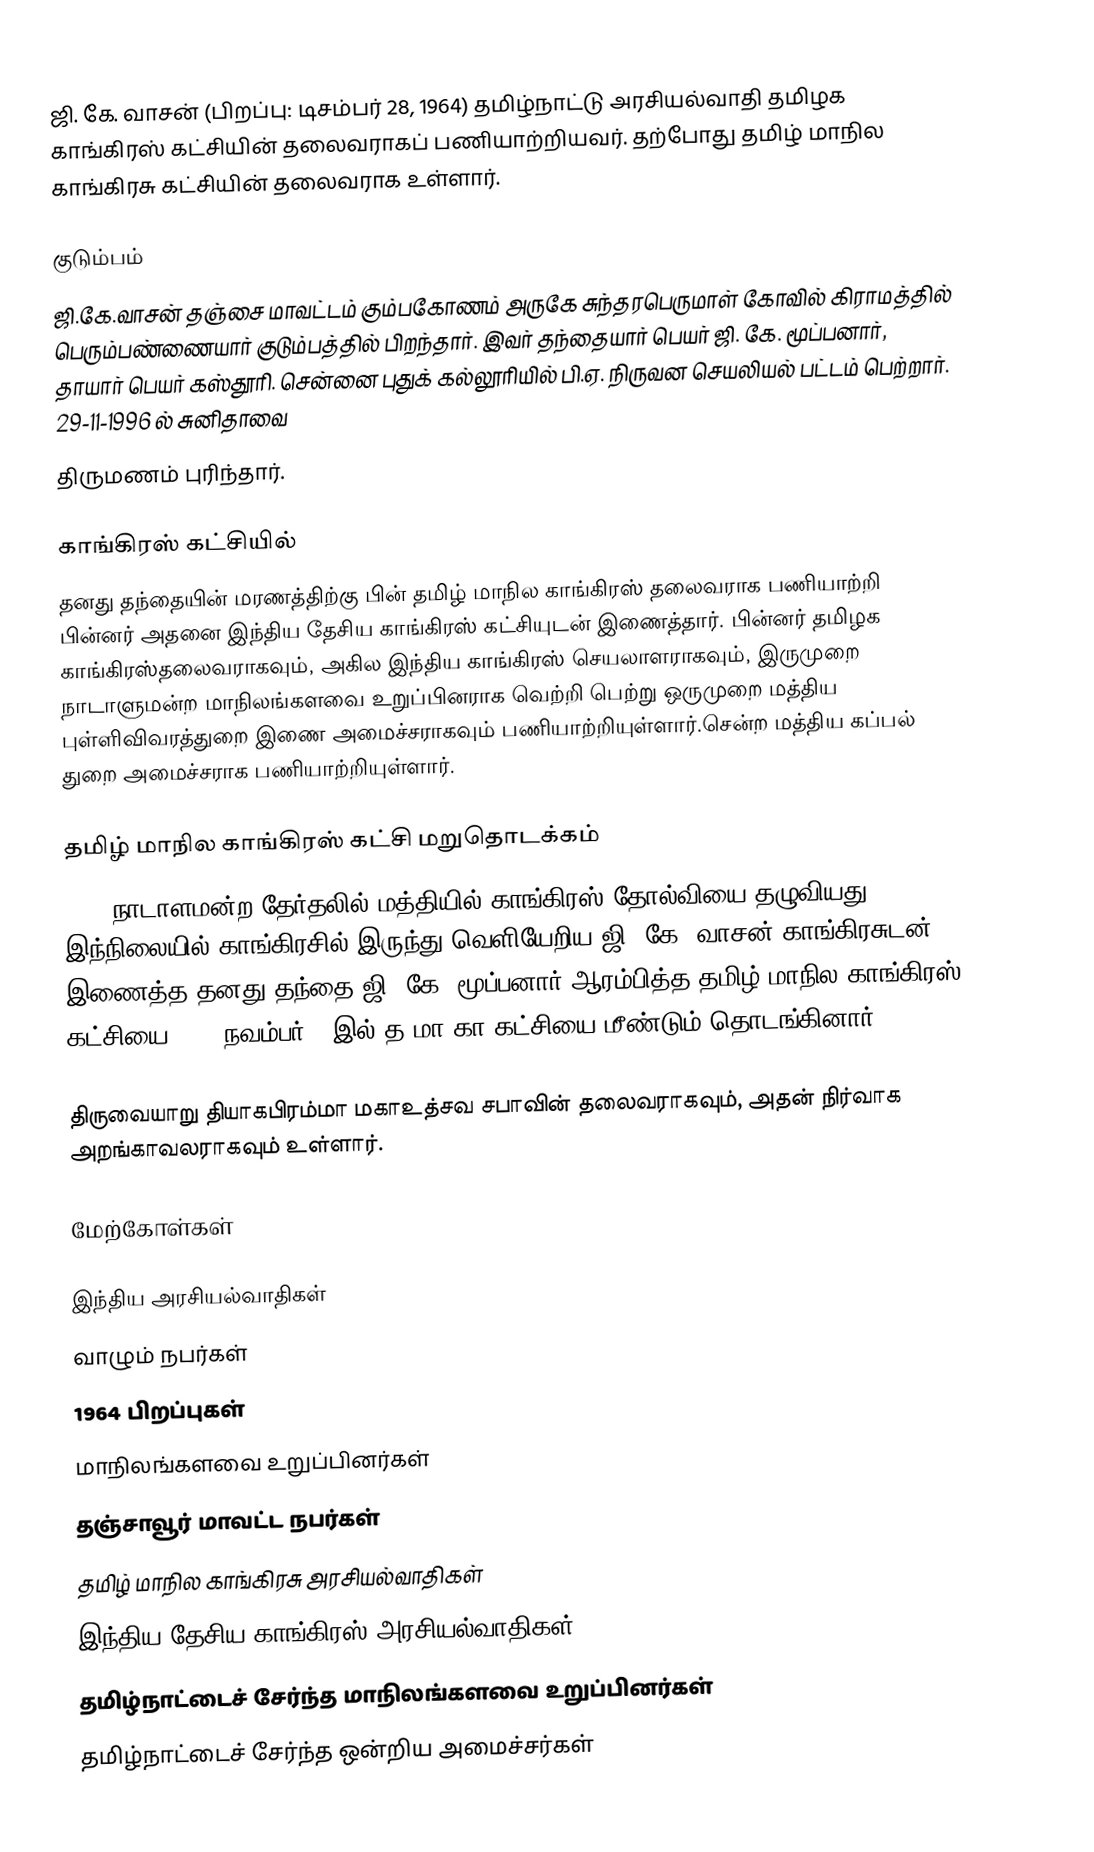
ஜி. கே. வாசன் (பிறப்பு: டிசம்பர் 28, 1964) தமிழ்நாட்டு அரசியல்வாதி தமிழக காங்கிரஸ் கட்சியின் தலைவராகப் பணியாற்றியவர். தற்போது தமிழ் மாநில காங்கிரசு கட்சியின் தலைவராக உள்ளார்.

குடும்பம்
ஜி.கே.வாசன் தஞ்சை மாவட்டம் கும்பகோணம் அருகே சுந்தரபெருமாள் கோவில் கிராமத்தில் பெரும்பண்ணையார் குடும்பத்தில் பிறந்தார். இவர் தந்தையார் பெயர் ஜி. கே. மூப்பனார், தாயார் பெயர் கஸ்தூரி. சென்னை புதுக் கல்லூரியில் பி.ஏ. நிருவன செயலியல் பட்டம் பெற்றார். 29-11-1996 ல் சுனிதாவை
திருமணம் புரிந்தார்.

காங்கிரஸ் கட்சியில்
தனது தந்தையின் மரணத்திற்கு பின் தமிழ் மாநில காங்கிரஸ் தலைவராக பணியாற்றி பின்னர் அதனை இந்திய தேசிய காங்கிரஸ் கட்சியுடன் இணைத்தார். பின்னர் தமிழக காங்கிரஸ்தலைவராகவும், அகில இந்திய காங்கிரஸ் செயலாளராகவும், இருமுறை நாடாளுமன்ற மாநிலங்களவை உறுப்பினராக வெற்றி பெற்று ஒருமுறை மத்திய புள்ளிவிவரத்துறை இணை அமைச்சராகவும் பணியாற்றியுள்ளார்.சென்ற மத்திய கப்பல் துறை அமைச்சராக பணியாற்றியுள்ளார்.

தமிழ் மாநில காங்கிரஸ் கட்சி மறுதொடக்கம்
2014 நாடாளமன்ற தேர்தலில் மத்தியில் காங்கிரஸ் தோல்வியை தழுவியது. இந்நிலையில் காங்கிரசில் இருந்து வெளியேறிய ஜி. கே. வாசன் காங்கிரசுடன் இணைத்த தனது தந்தை ஜி. கே. மூப்பனார் ஆரம்பித்த தமிழ் மாநில காங்கிரஸ் கட்சியை 2014 நவம்பர் 28இல் த.மா.கா கட்சியை மீண்டும் தொடங்கினார்

திருவையாறு தியாகபிரம்மா மகாஉத்சவ சபாவின் தலைவராகவும், அதன் நிர்வாக அறங்காவலராகவும் உள்ளார்.

மேற்கோள்கள்

இந்திய அரசியல்வாதிகள்
வாழும் நபர்கள்
1964 பிறப்புகள்
மாநிலங்களவை உறுப்பினர்கள்
தஞ்சாவூர் மாவட்ட நபர்கள்
தமிழ் மாநில காங்கிரசு அரசியல்வாதிகள்
இந்திய தேசிய காங்கிரஸ் அரசியல்வாதிகள்
தமிழ்நாட்டைச் சேர்ந்த மாநிலங்களவை உறுப்பினர்கள்
தமிழ்நாட்டைச் சேர்ந்த ஒன்றிய அமைச்சர்கள்